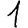
Digit: 1